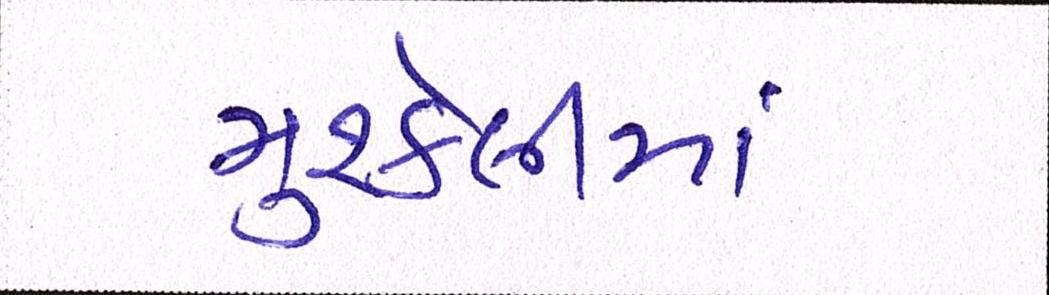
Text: મુશ્કેલીમાં